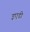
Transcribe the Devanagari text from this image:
इएडी